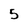
Character: 5